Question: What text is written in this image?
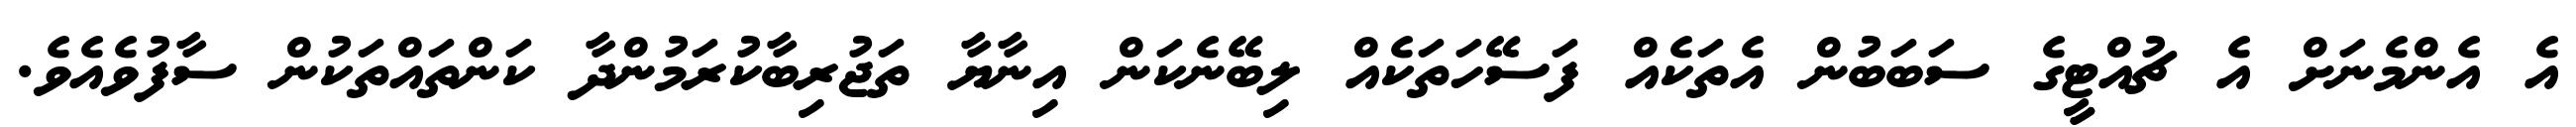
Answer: އެ އެންމެނަށް އެ ޗުއްޓީގެ ސަބަބުން އެތަކެއް ފަސޭހަތަކެއް ލިބޭނެކަން އިނާޔާ ތަޖުރިބާކުރަމުންދާ ކަންތައްތަކުން ސާފުވެއެވެ.